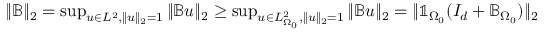
\begin{array} { r } { \| \mathbb { B } \| _ { 2 } = \operatorname* { s u p } _ { u \in L ^ { 2 } , \| u \| _ { 2 } = 1 } \| \mathbb { B } u \| _ { 2 } \geq \operatorname* { s u p } _ { u \in L _ { \Omega _ { 0 } } ^ { 2 } , \| u \| _ { 2 } = 1 } \| \mathbb { B } u \| _ { 2 } = \| \mathbb { 1 } _ { \Omega _ { 0 } } ( I _ { d } + \mathbb { B } _ { \Omega _ { 0 } } ) \| _ { 2 } } \end{array}